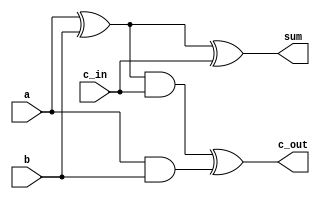
`timescale 1ns / 1ps
//////////////////////////////////////////////////////////////////////////////////
// Company: 
// Engineer: 
// 
// Design Name: 
// Module Name: fulladd
// Project Name: 
// Target Devices: 
// Tool Versions: 
// Description: 
// 
// Dependencies: 
// 
// Revision:
// Revision 0.01 - File Created
// Additional Comments:
// 
//////////////////////////////////////////////////////////////////////////////////

//
module fulladd(output sum,c_out, input a,b,c_in);

// 
wire s1, c1, c2;

// ()
xor (s1, a, b);
and (c1, a, b);

xor(sum, s1, c_in);
and(c2, s1, c_in);

xor(c_out, c2, c1);

endmodule